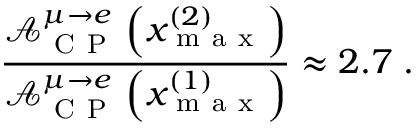
\frac { \mathcal { A } _ { \mathrm { ~ C ~ P ~ } } ^ { \mu \rightarrow e } \left( x _ { \mathrm { ~ m ~ a ~ x ~ } } ^ { ( 2 ) } \right) } { \mathcal { A } _ { \mathrm { ~ C ~ P ~ } } ^ { \mu \rightarrow e } \left( x _ { \mathrm { ~ m ~ a ~ x ~ } } ^ { ( 1 ) } \right) } \approx 2 . 7 \; .